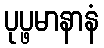
ပုပ္ဖမာနာနံ